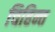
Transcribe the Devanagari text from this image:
चिहिन्त